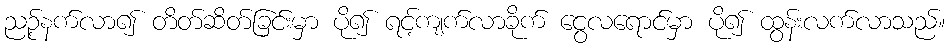
ညဉ့်နက်လာ၍ တိတ်ဆိတ်ခြင်းမှာ ပို၍ ရင့်ကျက်လာခိုက် ငွေလရောင်မှာ ပို၍ ထွန်းလက်လာသည်။